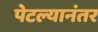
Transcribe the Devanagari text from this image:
पेटल्यानंतर